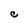
Character: C